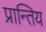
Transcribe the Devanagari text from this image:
प्रान्तिय